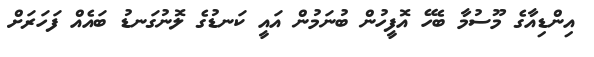
އިންޑިއާގެ މޫސުމާ ބެހޭ އޮފީހުން ބުނަމުން އައީ ކަނޑުގެ ލޮނުގަނޑު ބައެއް ފަހަރަށް